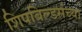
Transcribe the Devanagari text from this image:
शिपबिल्डर्सच्या